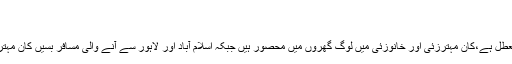
فوٹو بشکریہ پی ڈی ایم اے بلوچستان
فوٹو: وزیراعلیٰ بلوچستان ٹوئٹر اکاؤنٹ
کوژک ٹاپ پر شدید برفباری کے باعث آمدورفت معطل ہے،کان مہترزئی اور خانوزئی میں لوگ گھروں میں محصور ہیں جبکہ اسلام آباد اور لاہور سے آنے والی مسافر بسیں کان مہترزئی کے مقام پر گزشتہ رات سے پھنسی ہوئی ہیں۔